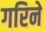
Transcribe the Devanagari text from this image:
गरिने